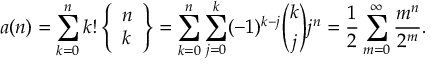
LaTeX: a ( n ) = \sum _ { k = 0 } ^ { n } k ! \left\{ { \begin{array} { l } { n } \\ { k } \end{array} } \right\} = \sum _ { k = 0 } ^ { n } \sum _ { j = 0 } ^ { k } ( - 1 ) ^ { k - j } { \binom { k } { j } } j ^ { n } = { \frac { 1 } { 2 } } \sum _ { m = 0 } ^ { \infty } { \frac { m ^ { n } } { 2 ^ { m } } } .